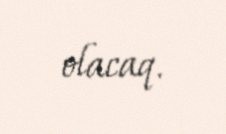
olacaq.